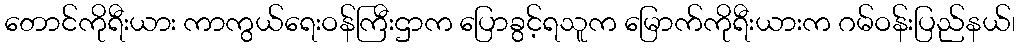
တောင်ကိုရီးယား ကာကွယ်ရေးဝန်ကြီးဌာက ပြောခွင့်ရသူက မြောက်ကိုရီးယားက ဂမ်ဝန်းပြည်နယ်၊